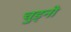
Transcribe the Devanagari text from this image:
चुड्नो